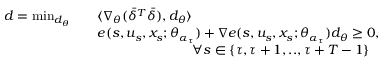
\begin{array} { r l } { d = \operatorname* { m i n } _ { d _ { \theta } } \quad } & { \langle \nabla _ { \theta } ( \bar { \delta } ^ { T } \bar { \delta } ) , d _ { \theta } \rangle } \\ & { e ( s , u _ { s } , x _ { s } ; \theta _ { \alpha _ { \tau } } ) + \nabla e ( s , u _ { s } , x _ { s } ; \theta _ { \alpha _ { \tau } } ) d _ { \theta } \geq 0 , } \\ & { \quad ~ ~ ~ ~ ~ ~ ~ ~ ~ ~ ~ ~ ~ ~ ~ ~ ~ ~ \forall s \in \{ \tau , \tau + 1 , . . , \tau + T - 1 \} } \end{array}